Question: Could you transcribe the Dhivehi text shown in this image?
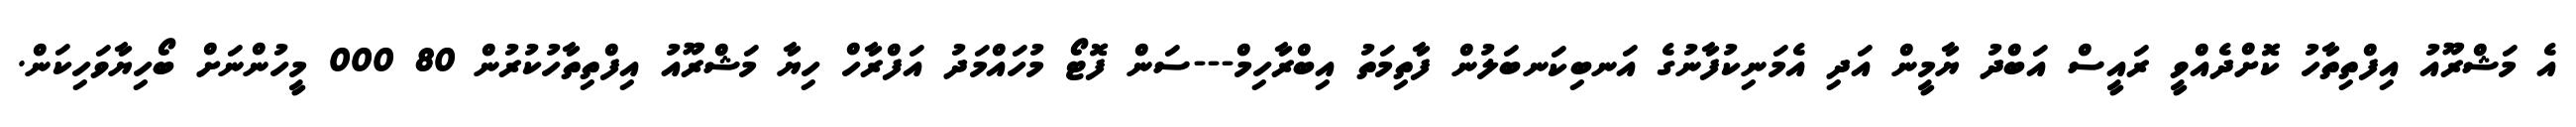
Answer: އެ މަޝްރޫއު އިފްތިތާހު ކޮށްދެއްވީ ރައީސް އަބްދު ޔާމީން އަދި އެމަނިކުފާނުގެ އަނބިކަނބަލުން ފާތިމަތު އިބްރާހިމް---ސަން ފޮޓޯ މުހައްމަދު އަފްރާހް ހިޔާ މަޝްރޫއު އިފްތިތާހުކުރުން 80 000 މީހުންނަށް ބޯހިޔާވަހިކަން.